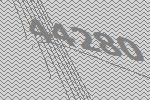
44280